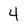
Character: 4